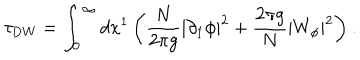
\tau _ { \mathrm { D W } } = \int _ { 0 } ^ { \infty } d x ^ { 1 } \, \biggl ( \frac { N } { 2 \pi g } | \partial _ { 1 } \phi | ^ { 2 } + \frac { 2 \pi g } { N } | W _ { \phi } | ^ { 2 } \biggr ) \ .